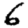
Digit: 6